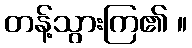
တန့်သွားကြ၏ ။